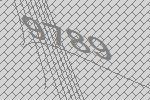
9789